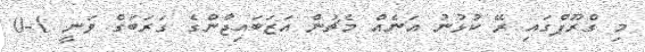
މި ގްރޫޕްގައި ރޭ ކުޅުނު އަނެއް މެޗުން އަޒަބައިޖާންގެ ގަރަބަގް ވަނީ 1-0